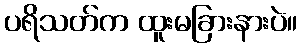
ပရိသတ်က ထူးမခြားနားပဲ။